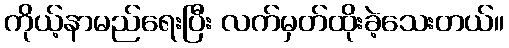
ကိုယ့်နာမည်ရေးပြီး လက်မှတ်ထိုးခဲ့သေးတယ်။